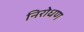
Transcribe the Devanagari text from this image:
निरोधण